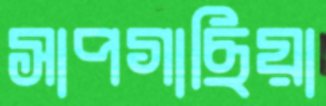
সাপগাছিয়া